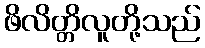
ဖိလိတ္တိလူတို့သည်